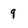
Character: 9